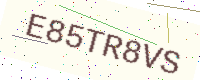
Text: E85TR8VS